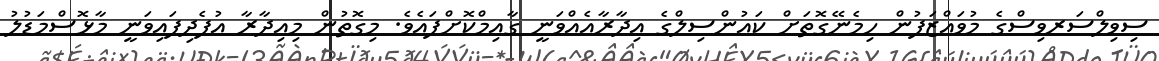
ސިވިލްސަރވިސްގެ މުވައްޒަފުން ހިމެނޭގޮތަށް ކައުންސިލްގެ އިދާރާއެއްވަނީ ގާއިމްކޮށްފައެވެ. މިގޮތުން މިއިދާރާ އުފެދިފައިވަނީ މާޅޮސްމަޑުލު